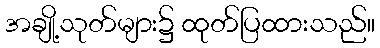
အချို့သုတ်များ၌ ထုတ်ပြထားသည်။